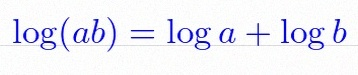
\log(ab)=\log a+\log b